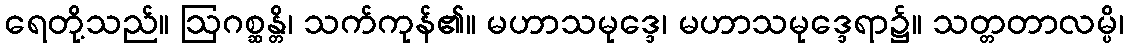
ရေတို့သည်။ ဩဂစ္ဆန္တိ၊ သက်ကုန်၏။ မဟာသမုဒ္ဒေ၊ မဟာသမုဒ္ဒေရာ၌။ သတ္တတာလမ္ပိ၊